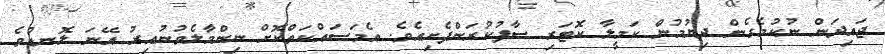
ޖައިދަން ނުކުމެގެން ދިޔުމުން ކަމީލާ ކޮޓަރި ސާފުކުރަންފެށިއެވެ. އެމަސައްކަތްކޮށް ނިންމާލެވުނުއިރު އޭނަ ލޮނޑުވެ